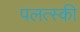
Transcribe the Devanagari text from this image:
पलत्स्की